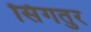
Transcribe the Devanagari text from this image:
सिंगतुर